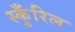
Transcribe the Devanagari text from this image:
स्कुँरिल